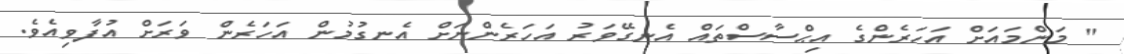
" މަންމައަށް އަހަރެންގެ އިޙްސާސްތައް އެނގޭވަރު އަހަރެންނަށް އެނގުމުން އަހަރެން ވަރަށް އުފާވިއެވެ.